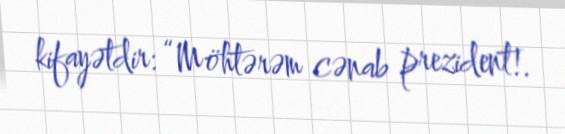
kifayətdir: “Möhtərəm cənab prezident!.